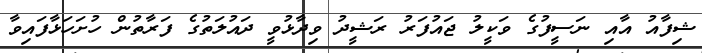
ޝިފާއު އާއި ނަސީފުގެ ވަކީލު ޖައުފަރު ރަޝީދު ވިދާޅުވީ ދައުލަތުގެ ފަރާތުން ހުށަހަޅާފައިވާ